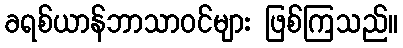
ခရစ်ယာန်ဘာသာဝင်များ ဖြစ်ကြသည်။